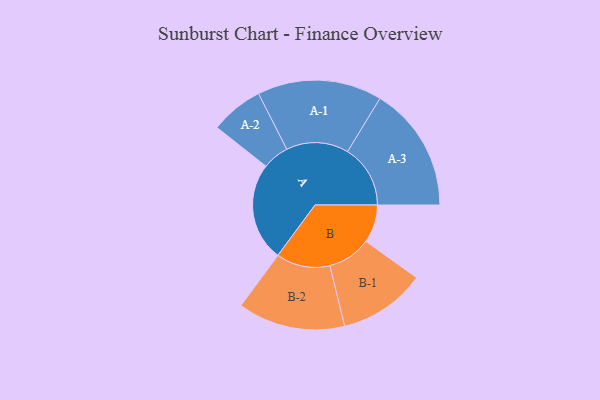
{"axis": {"x": "Segment", "y": "Value"}, "legend": ["", "A", "B"], "data": [{"x": "A", "y": 445, "type": ""}, {"x": "B", "y": 172, "type": ""}, {"x": "A-1", "y": 282, "type": "A"}, {"x": "A-2", "y": 120, "type": "A"}, {"x": "A-3", "y": 284, "type": "A"}, {"x": "B-1", "y": 197, "type": "B"}, {"x": "B-2", "y": 243, "type": "B"}]}